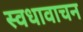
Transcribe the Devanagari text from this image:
स्वधावाचन